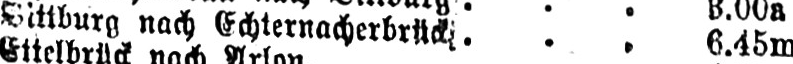
... 6.45m